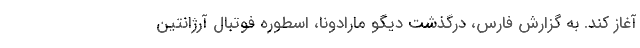
آغاز کند. به گزارش فارس، درگذشت دیگو مارادونا، اسطوره فوتبال آرژانتین